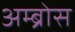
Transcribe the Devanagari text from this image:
अम्ब्रोस